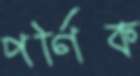
পর্ণিক